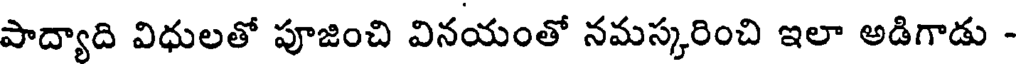
పాద్యాది విధులతో పూజించి వినయంతో నమస్కరించి ఇలా అడిగాడు -